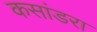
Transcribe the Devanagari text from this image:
कसांडरा